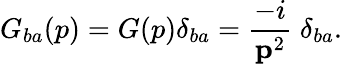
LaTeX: G_{ba}(p)=G(p)\delta_{ba}=\frac{-i}{{\mathbf p}^{2}}\; \delta_{ba}.